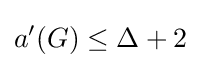
a'(G)\leq \Delta +2